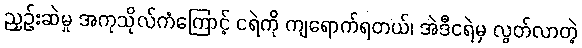
ညှဉ်းဆဲမှု အကုသိုလ်ကံကြောင့် ငရဲကို ကျရောက်ရတယ်၊ အဲဒီငရဲမှ လွတ်လာတဲ့